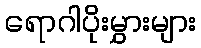
ရောဂါပိုးမွှားများ